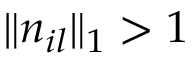
\| \boldsymbol { n } _ { i l } \| _ { 1 } > 1